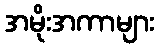
အမိုးအကာများ